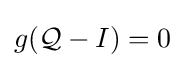
g({\mathcal {Q}}-I)=0